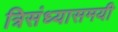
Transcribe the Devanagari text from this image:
त्रिसंध्यासमयी